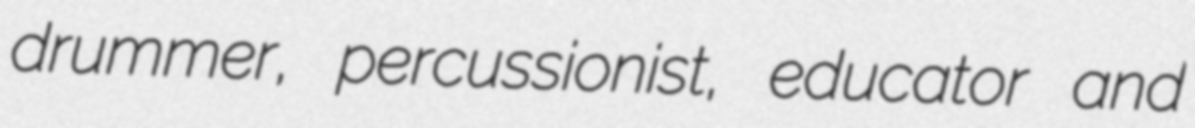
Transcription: drummer, percussionist, educator and